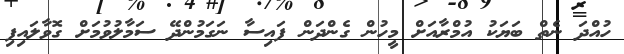
ހުއްދަ ނެތް ބަޔަކު އުމްރާއަށް މީހުން ގެންދަން ފައިސާ ނަގަމުންދޭ ސަމާލުވުމަށް ގޮވާލައިފި